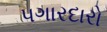
પગારદારો